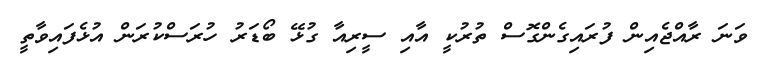
ވަނަ ރާއްޖެއިން ފުރައިގެންގޮސް ތުރުކީ އާއި ސީރިއާ ގުޅޭ ބޯޑަރު ހުރަސްކުރަން އުޅެފައިވާތީ